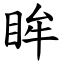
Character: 眸